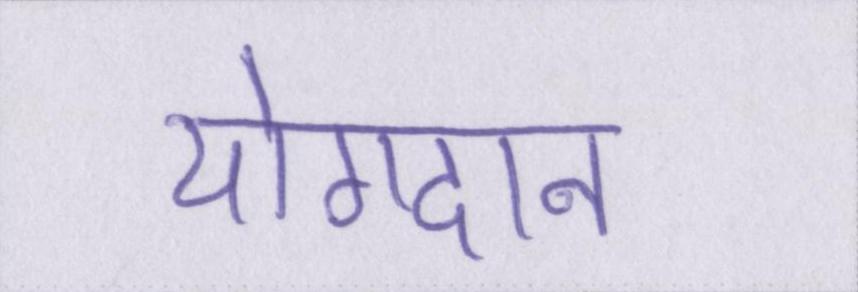
योगदान